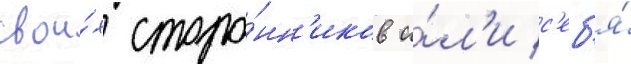
свои́х сторо́нн'иков и́л'и с'еб'я́